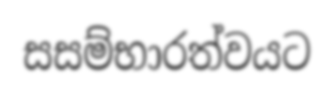
සසම්භාරත්වයට